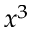
x ^ { 3 }